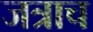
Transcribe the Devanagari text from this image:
जत्राच